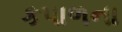
કપાળના